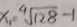
x _ { 1 } = \sqrt [ 4 ] { 1 2 8 } - 1